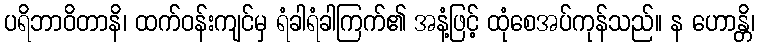
ပရိဘာဝိတာနိ၊ ထက်ဝန်းကျင်မှ ရံခါရံခါကြက်၏ အနံ့ဖြင့် ထုံစေအပ်ကုန်သည်။ န ဟောန္တိ၊